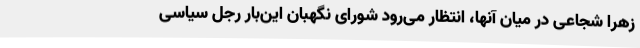
زهرا شجاعی در میان آنها، انتظار می‌رود شورای نگهبان این‌بار رجل سیاسی